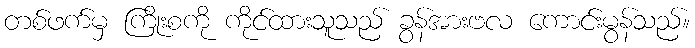
တစ်ဖက်မှ ကြိုးစကို ကိုင်ထားသူသည် ခွန်အားဗလ ကောင်းမွန်သည်။